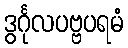
ဒွင်္ဂုလပဗ္ဗပရမံ